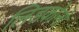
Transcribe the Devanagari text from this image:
लिडकोनो